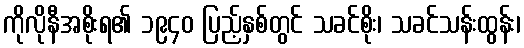
ကိုလိုနီအစိုးရ၏ ၁၉၄၀ ပြည့်နှစ်တွင် သခင်စိုး၊ သခင်သန်းထွန်း၊